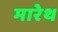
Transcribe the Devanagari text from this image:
मारेथ